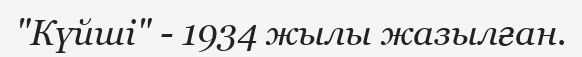
"Күйші" - 1934 жылы жазылған.